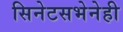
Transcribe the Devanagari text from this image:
सिनेटसभेनेही